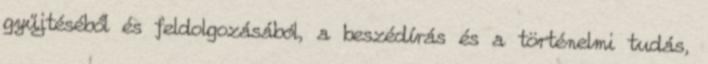
gyűjtéséből és feldolgozásából, a beszédírás és a történelmi tudás,